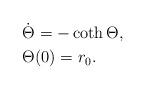
LaTeX: \begin{align*}&\dot{\Theta} = -\coth \Theta,\\&\Theta(0) = r_0.\end{align*}